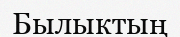
Былыктың